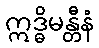
ဣဒ္ဓိမန္တီနံ